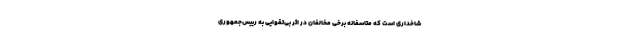
شاخداری است که متاسفانه برخی مخالفان در اثر بی‌تقوایی به رییس‌جمهوری